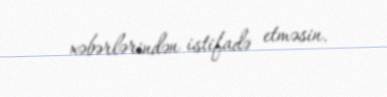
xəbərlərindən istifadə etməsin.